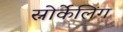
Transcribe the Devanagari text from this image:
स्नोर्केलिंग